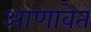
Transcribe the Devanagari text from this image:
आणावेत